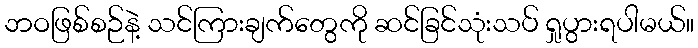
ဘဝဖြစ်စဉ်နဲ့ သင်ကြားချက်တွေကို ဆင်ခြင်သုံးသပ် ရှုပွားရပါမယ်။